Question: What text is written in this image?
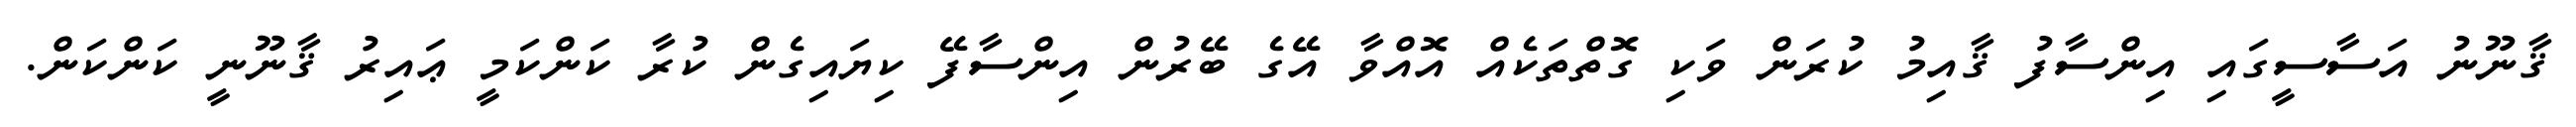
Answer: ޤާނޫނު އަސާސީގައި އިންސާފު ޤާއިމު ކުރަން ވަކި ގޮތްތަކެއް އޮއްވާ އޭގެ ބޭރުން އިންސާފޭ ކިޔައިގެން ކުރާ ކަންކަމީ ޢައިރު ޤާނޫނީ ކަންކަން.